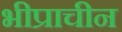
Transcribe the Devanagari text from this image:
भीप्राचीन